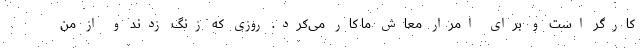
کارگر است و برای امرار معاش ما کار می‌کرد. روزی که زنگ زدند و از من